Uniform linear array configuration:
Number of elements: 12
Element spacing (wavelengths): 1
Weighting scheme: uniform
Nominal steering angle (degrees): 15
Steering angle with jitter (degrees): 15.576
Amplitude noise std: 0.05
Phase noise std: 0.05

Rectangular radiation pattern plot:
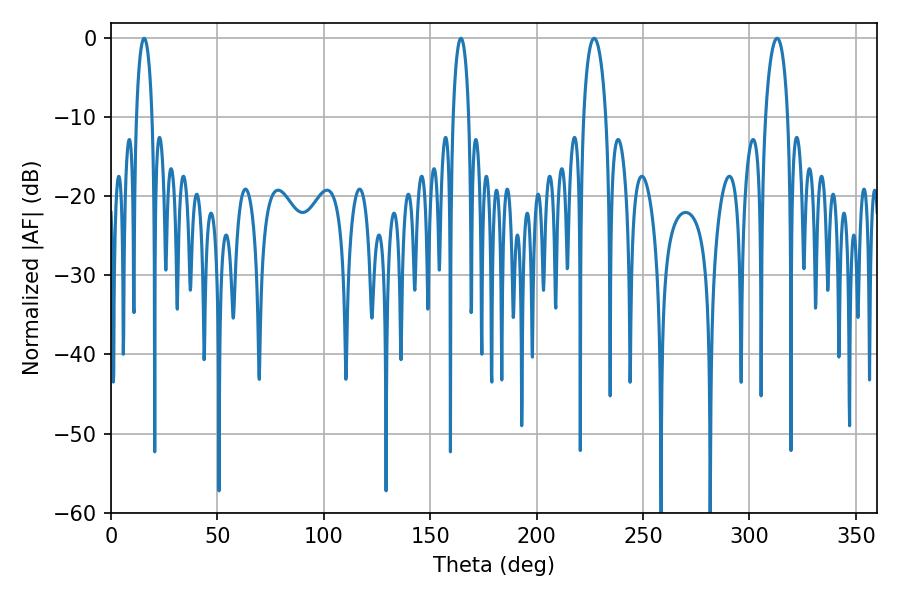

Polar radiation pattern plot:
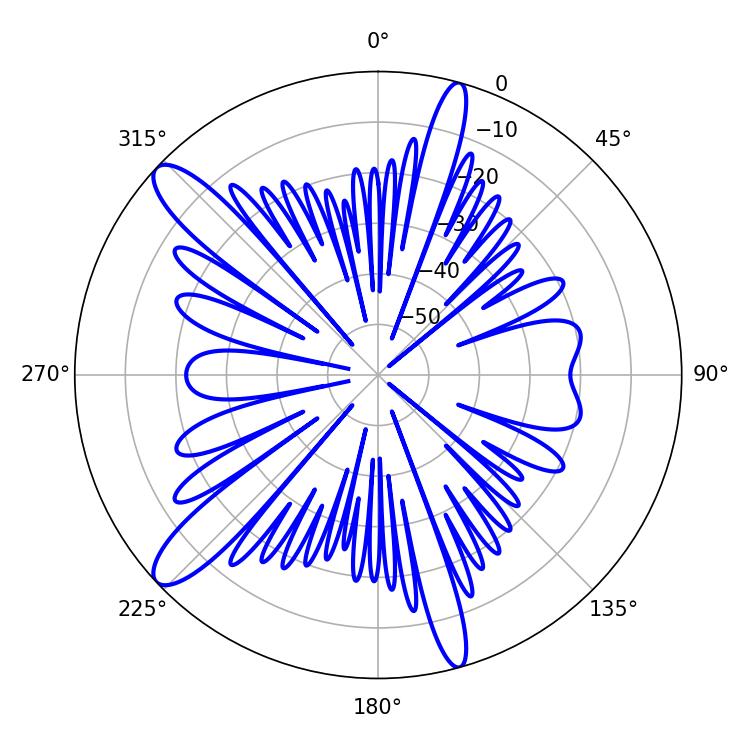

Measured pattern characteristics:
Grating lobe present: TRUE
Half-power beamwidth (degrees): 5.94
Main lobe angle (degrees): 226.98